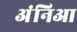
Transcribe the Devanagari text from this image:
अंनिआ